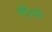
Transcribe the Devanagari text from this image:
नीत्या